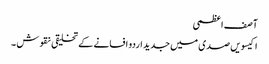
آصف اعظمی
اکیسویں صدی میں جدید اردو افسانے کے تخلیقی نقوش ۔